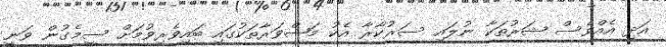
އަދި އެއްވެސް ޝަރުތަކާ ނުލައި ސަރުކާރާ އެކު މަޝްވަރާތަކުގައި ބައިވެރިވުމަށް ސީމެގުން ވަނީ